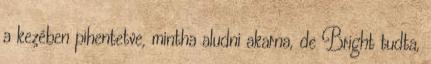
a kezében pihentetve, mintha aludni akarna, de Bright tudta,